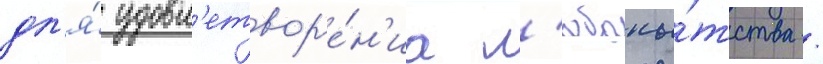
дл'я́ удовл'етвор'е́н'иа л'юбопы́тства /